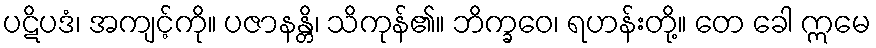
ပဋိပဒံ၊ အကျင့်ကို။ ပဇာနန္တိ၊ သိကုန်၏။ ဘိက္ခဝေ၊ ရဟန်းတို့။ တေ ခေါ ဣမေ